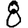
Digit: 8